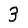
Digit: 3